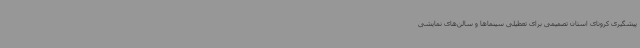
پیشگیری کرونای استان تصمیمی برای تعطیلی سینماها و سالن‌های نمایشی